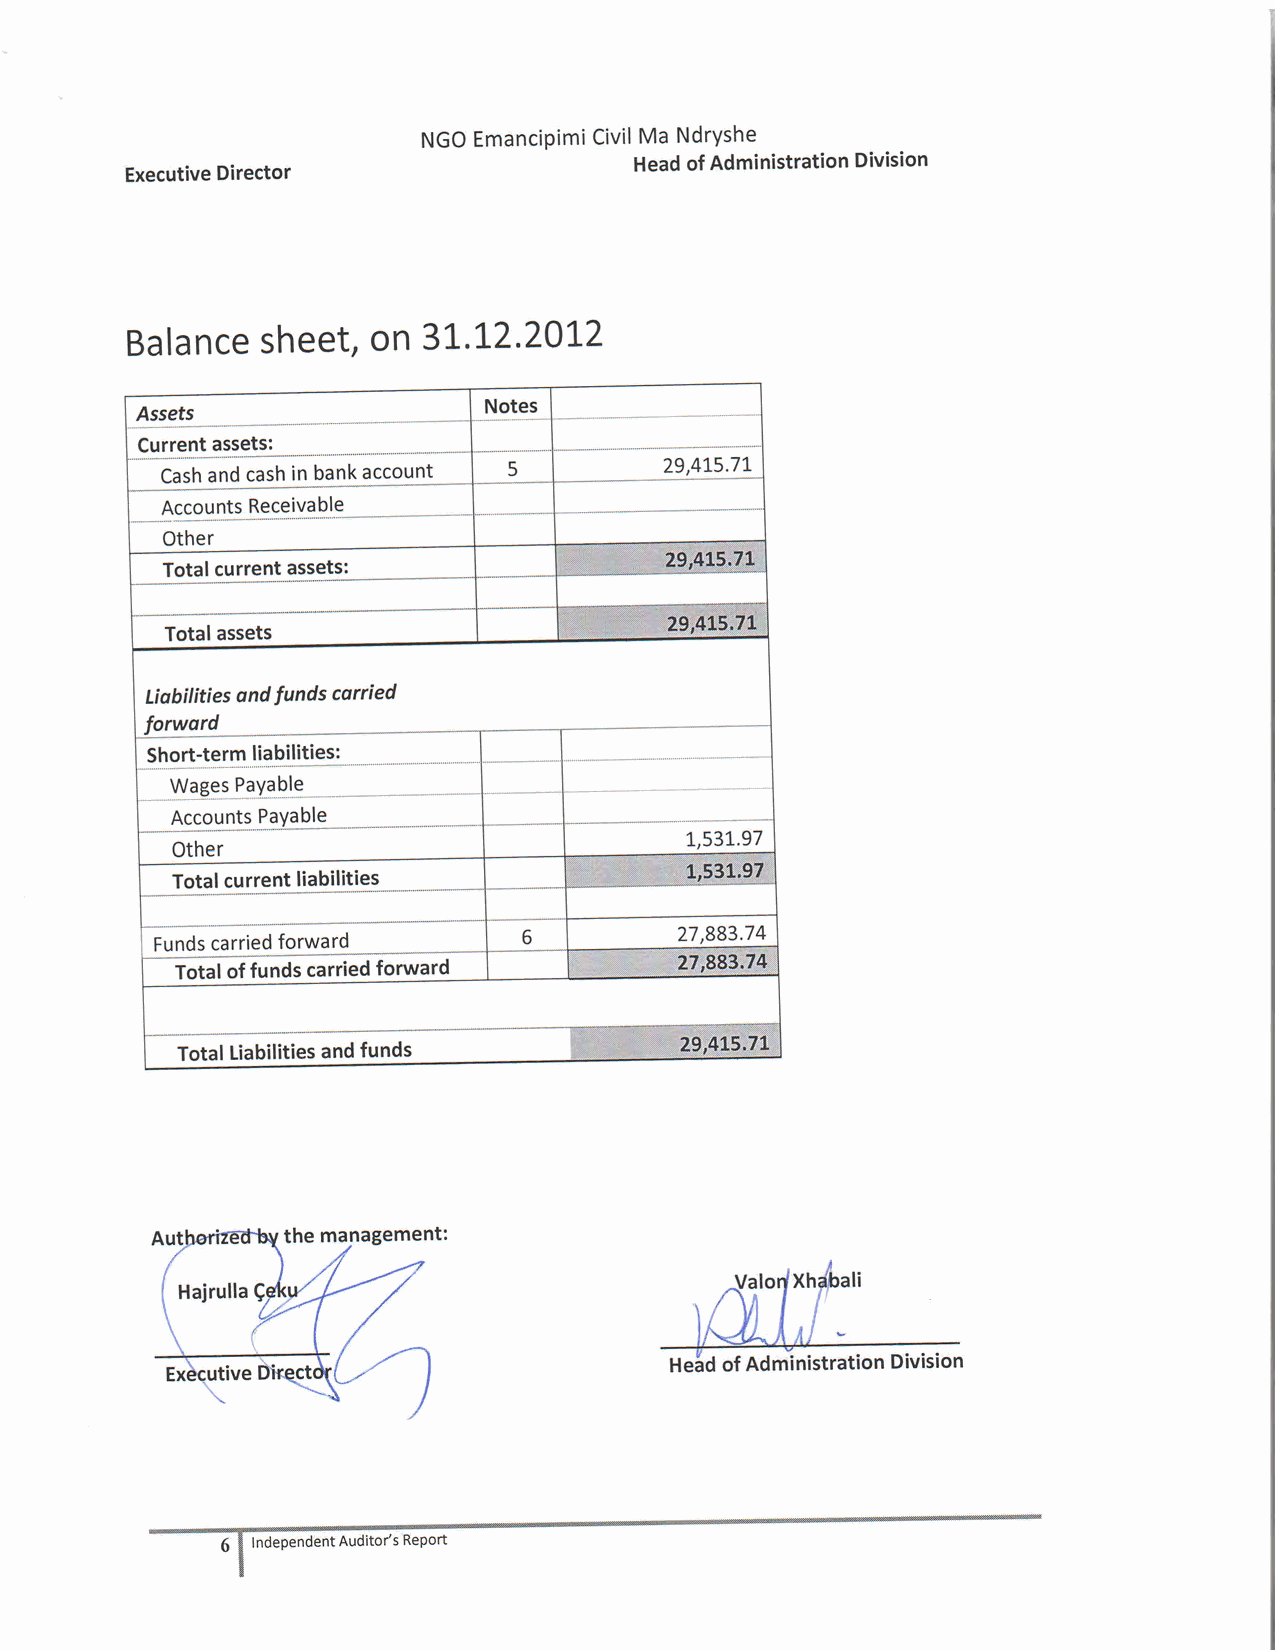
NGOE manciPimiCiMvial NdrYshe
 Heado f AdministrationD ivision
 ExecutiveD irector
 Balancseh    eeto, n 3I.I2.2AI2
 Currenat ssets:
 29,4L5.7t
 Casha ndc ashi n banka ccount
 AccountsR eceivable
 Other
 Totalc urrentl iabilities
 Fundsc arriedf orward
 Total of funds carriedf orward
 TotalL iabilitiesa ndf unds
 tteid of AdministrationD ivision